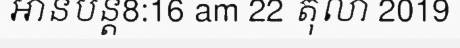
អានបន្ត8:16 am 22 តុលា 2019